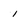
Character: 1